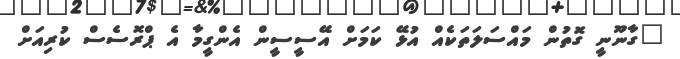
"ގާނޫނީ ގޮތުން މައްސަލަތަކެއް އުޅޭ ކަމަށް އޭސީސީން އެންގީމާ އެ ޕްރޮސެސް ކުރިއަށް